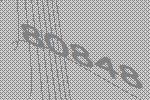
80848